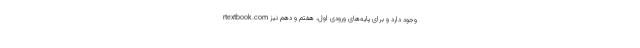
rtextbook.com وجود دارد و برای پایه‌های ورودی اول، هفتم و دهم نیز